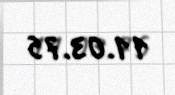
11.03.75